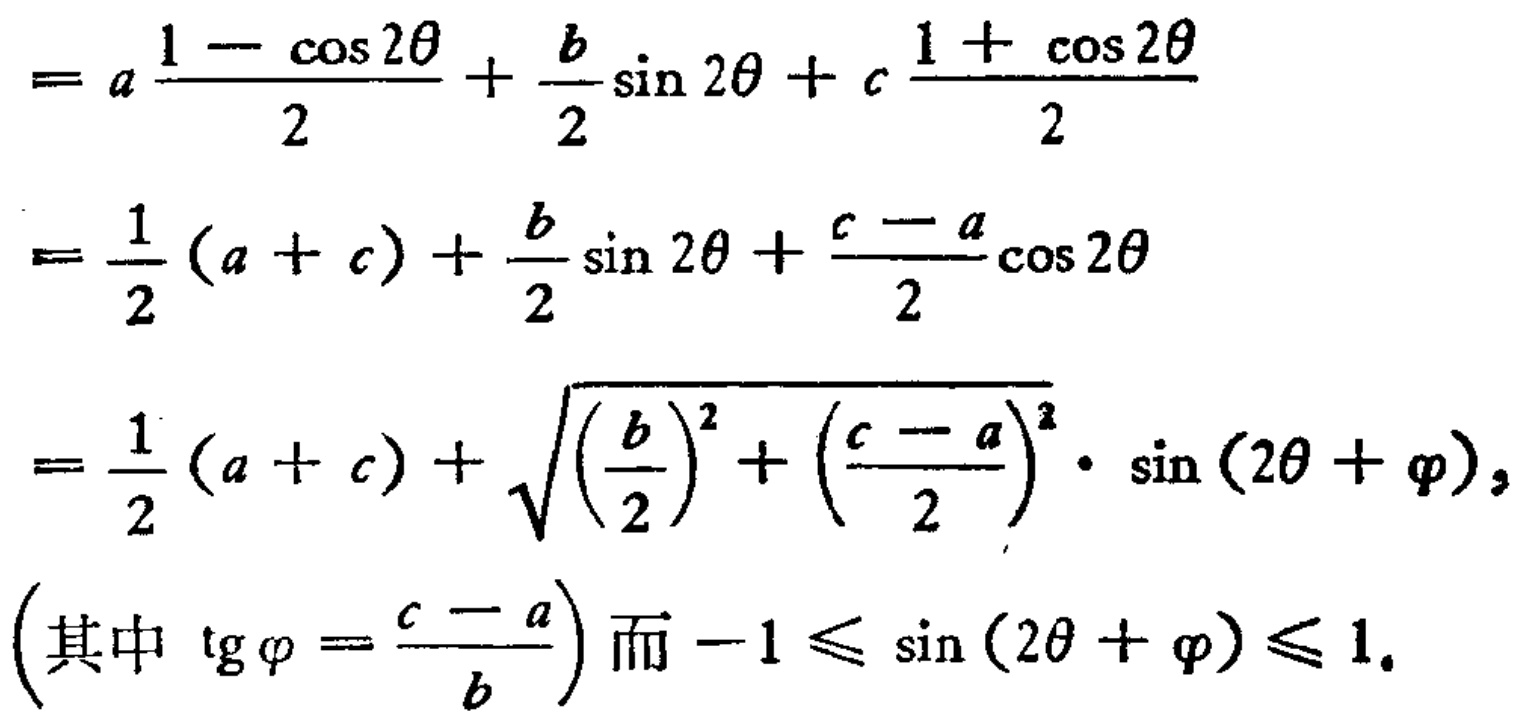
\[
\begin{align*}
&=a\frac{1 - \cos 2\theta}{2}+\frac{b}{2}\sin 2\theta + c\frac{1+\cos 2\theta}{2}\\
&=\frac{1}{2}(a + c)+\frac{b}{2}\sin 2\theta+\frac{c - a}{2}\cos 2\theta\\
&=\frac{1}{2}(a + c)+\sqrt{(\frac{b}{2})^2+(\frac{c - a}{2})^2}\cdot\sin(2\theta+\varphi),\\
&(\text{其中 }\tg\varphi=\frac{c - a}{b})\text{ 而 }- 1\leqslant\sin(2\theta+\varphi)\leqslant1.
\end{align*}
\]